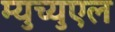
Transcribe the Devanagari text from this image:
म्युच्युएल